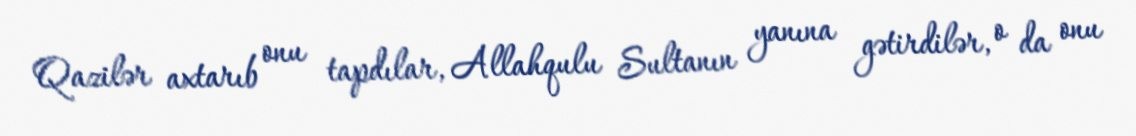
Qazilər axtarıb onu tapdılar, Allahqulu Sultanın yanına gətirdilər, o da onu